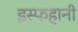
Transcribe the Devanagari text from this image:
इस्फहानी